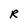
Character: R